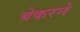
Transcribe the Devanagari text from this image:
बेकरने